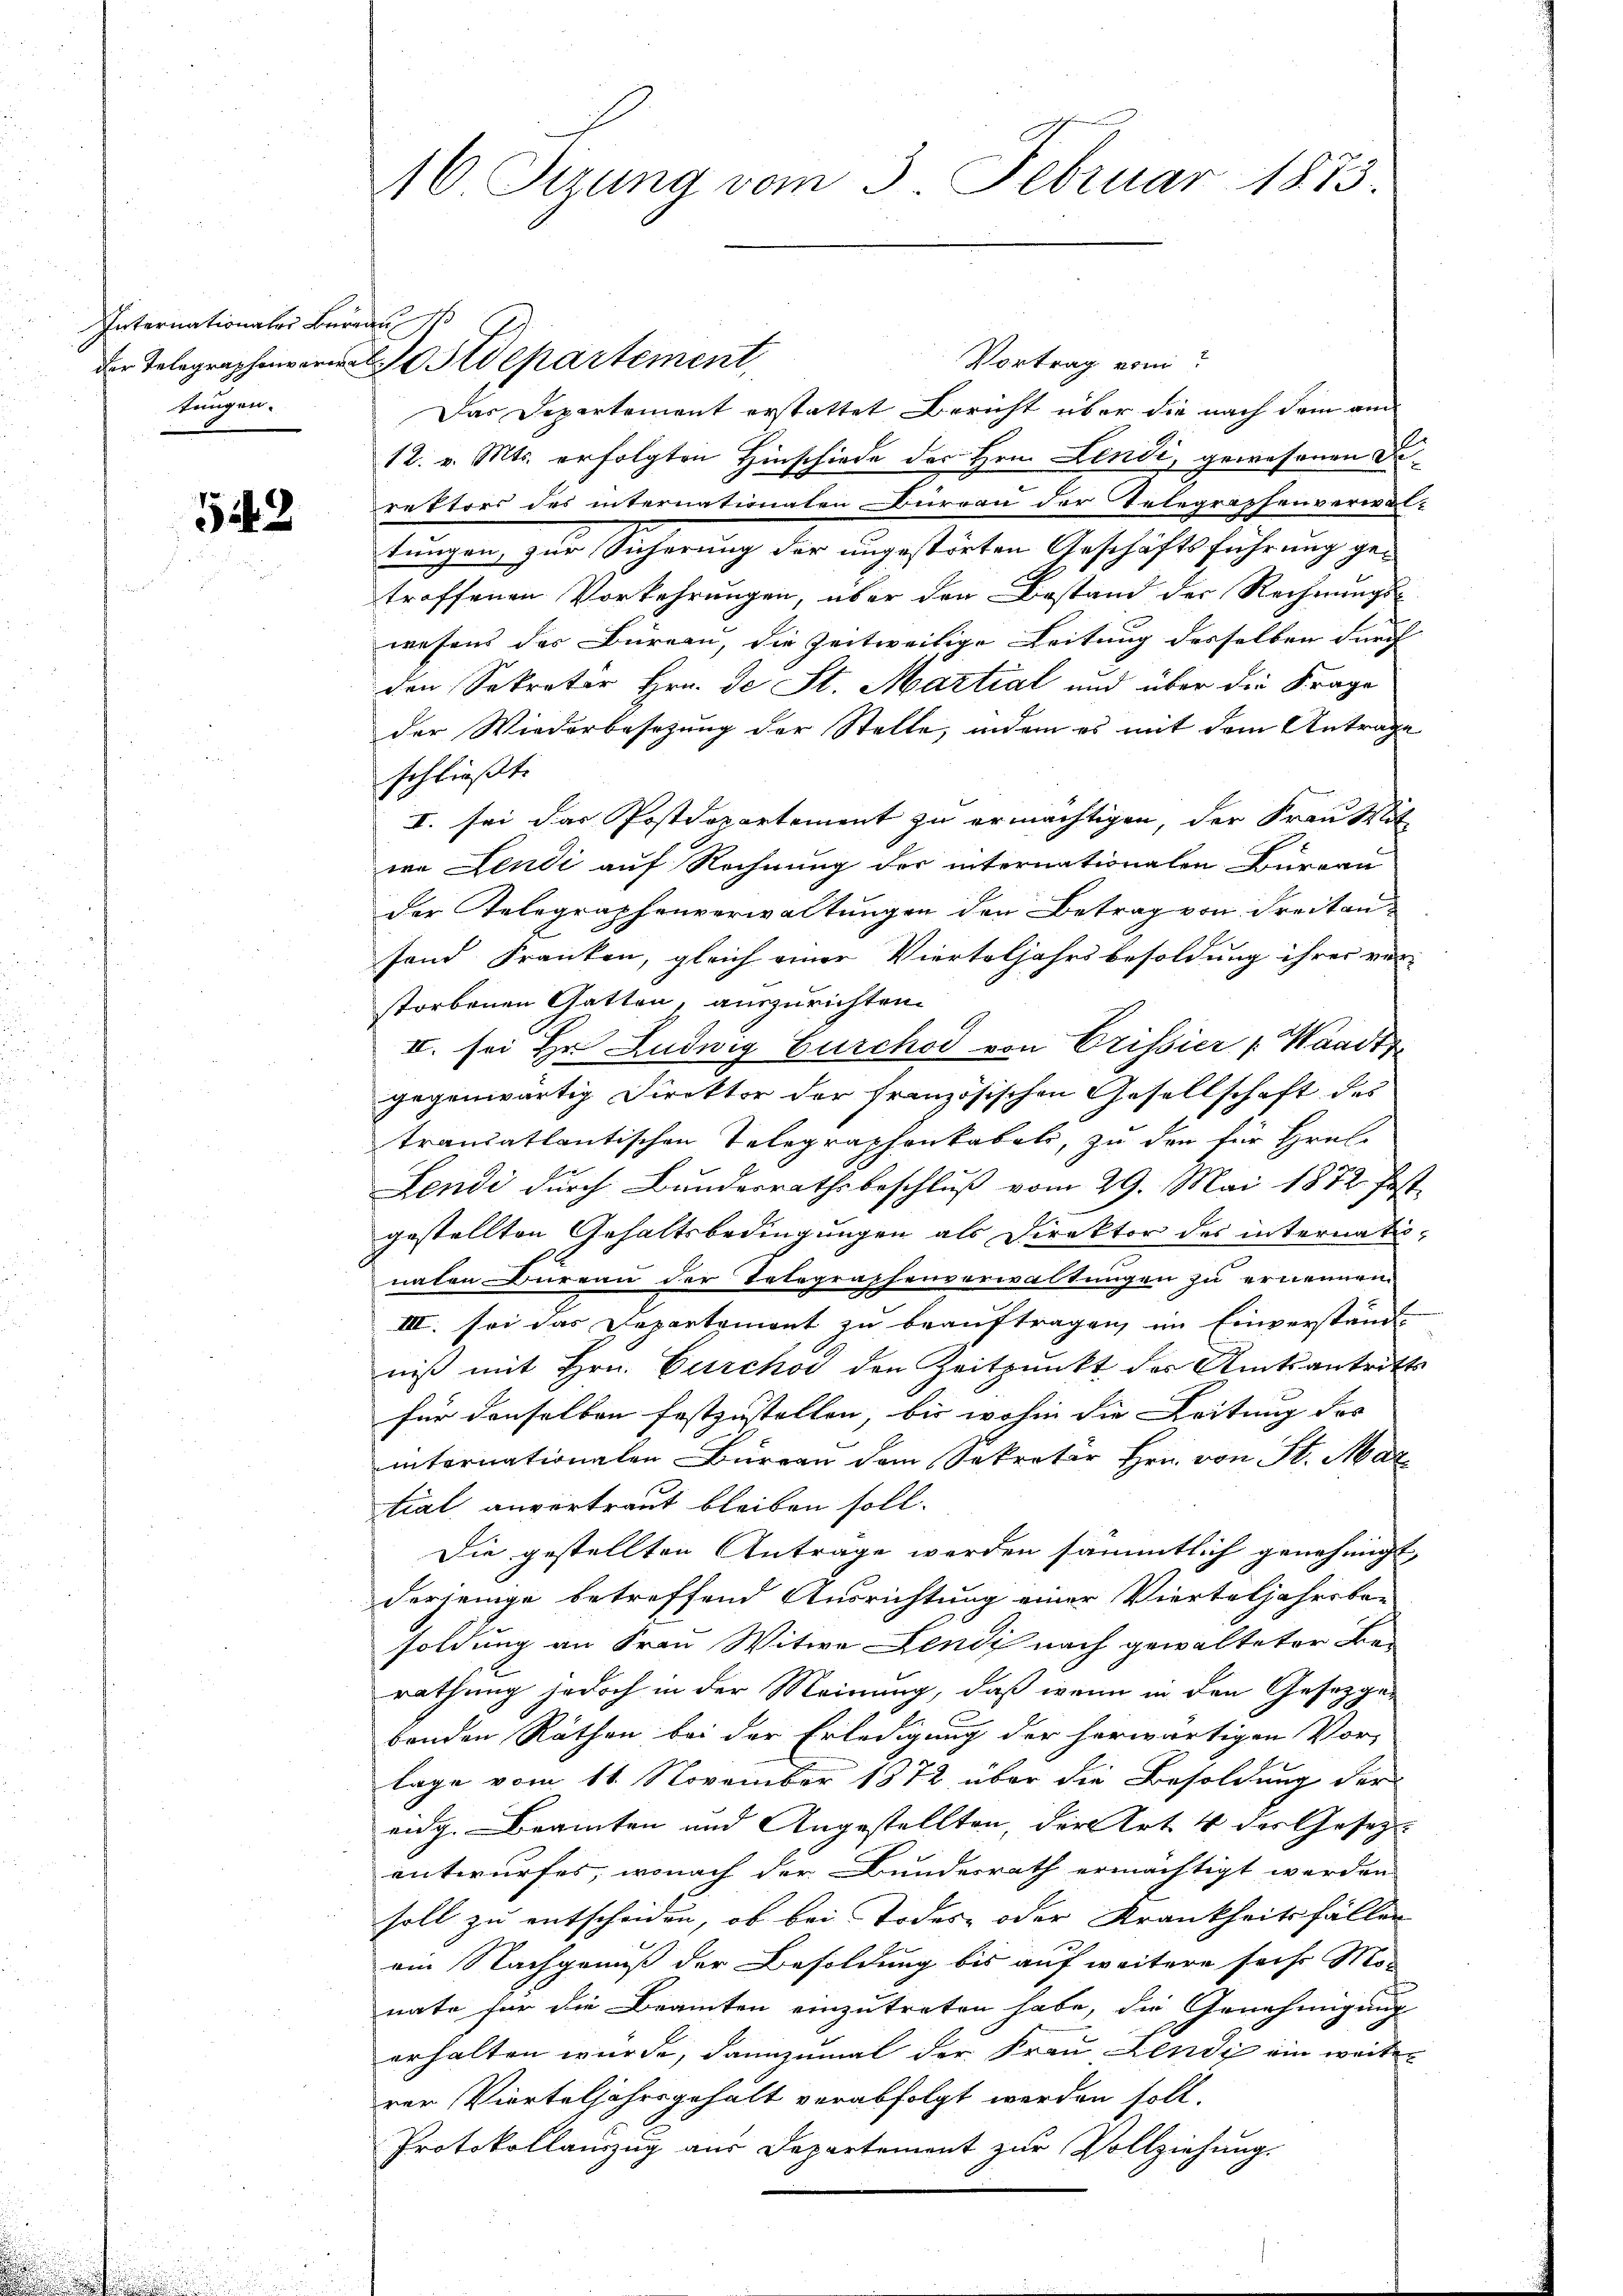
Internationaler Bureau
tungen.

542

16 Sizung vom 3. Februar 1873.

Vortrag vom
der Telegraphenverne Postdepartement,
Das Departement erstattet Bericht über die nach dem am
12. v. Mts. erfolgten Hinschiede des Hrn. Lendi, gewesenen Direktors des internationaten Büreau der Telegraphenverwal-
tungen zur Sicherung der ungestörten Geschäftsführung getroffenen Vorkehrungen, über den Bestand der Rechnungs-
wesens der Bureau, die Zeitweilige Leitung desselben durch
den Sekretär Hrn. De St. Martial und über die Frage
der Wiederbesetzung der Stelle, indem es mit dem Antrage
schließt:
I. sei das Postdepartement zu ermächtigen, der Frankheit
we Lendi auf Rechnung der internationalen Büreau
der Telegraphenverwaltungen den Betrag von Freitanfand Franken, gleich einer Vierteljahrsbesoldung ihrer ver-
storbenen Gatten, auszurichten.
II. sei Hr. Ludwig Furchod von Crissier : Waadt
gegenwärtig Direktor der französischen Gesellschaft des
transatlantischen Telegraphonkabeli, zu den für Grel-
Lendi durch Bundesrathsbeschluß vom 29. Mai 1872. Fest
gestellten Gehaltsbedingungen als Direktor des internatinaten Bureau der Telegraphenverwaltungen zu ernennen.
III. sei das Departement zu beauftragen, im Einverständ
niß mit Hrn. Curchod den Zeitpunkt des Amtsantritts
für denselben festzustellen, bis wohin die Leitung des |
internationaten Bureau dem Sekretär Hrn. von St. Mar
tial anvertraut bleiben soll.
Die gestellten Antrage werden sämmtlich genehmigt,
derjenige betreffend Ausrichtung einer Vierteljahresbe-
soldung an Frau Witwe Fendi nach gewalteter Be-
rathung jedoch in der Meinung, daß wenn in den Gesetzgebenden Räthen bei der Erledigung der herwärtigen Vor-
lage vom 11. November 1872 über die Besoldung der
eidg. Beamten und Angestellten, der Art. 4 des Gesetz
untwurfes, wonach der Bundesrath ermächtigt werden
soll zu entscheiden, ob bei Todes- oder Krankheitsfällen
ein Nachgenuß der Besoldung bis auf weitere sechs Mo-
nate für die Beamten einzutreten habe, die Genehmigung
erhalten wurde, dannzumal der Frau Lendi ein weiter
ren Vierteljahrsgehalt verabfolgt werden soll.
Protokollauszug aus Departement zur Vollziehung.